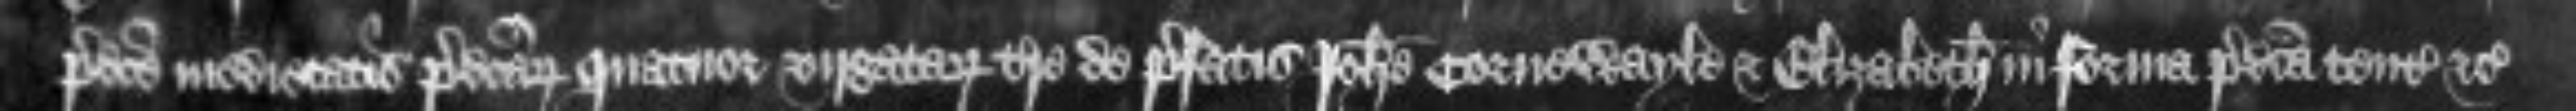
predicte medietatis predictarum quatuor virgatarum terre de prefatis Johanne Cornewayle et Elizabeth in forma predicta tenta etc